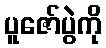
ပူဇော်ပွဲကို